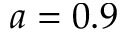
a = 0 . 9